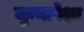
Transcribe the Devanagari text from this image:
जुन्यापेक्षा